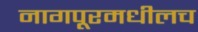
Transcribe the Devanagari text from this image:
नागपूरमधीलच